Annual administration report of the Civil Veterinary Department of India - 1899-1900
Year: 1899
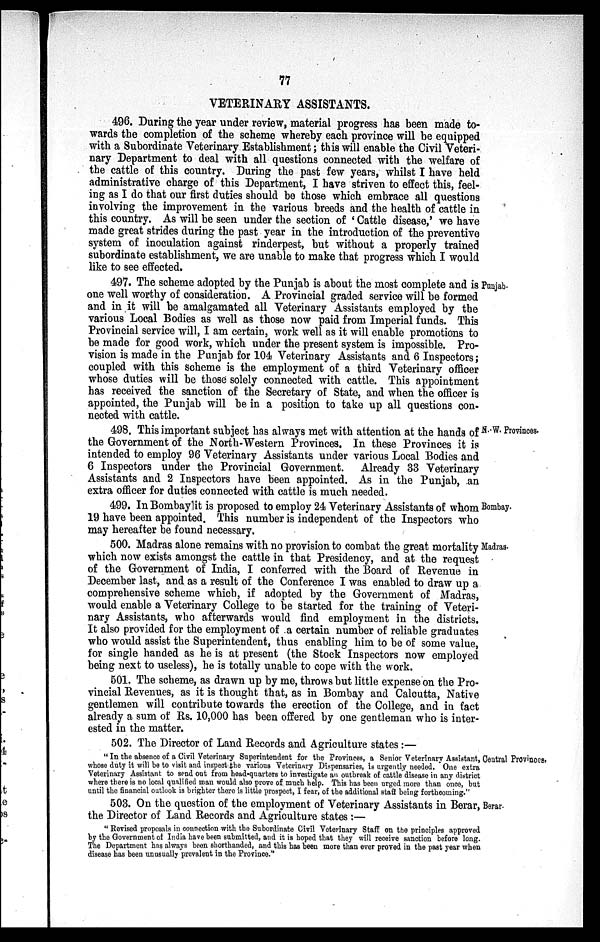
77
VETERINARY ASSISTANTS.
496. During the year under review, material progress has been made to-
wards the completion of the scheme whereby each province will be equipped
with a Subordinate Veterinary Establishment; this will enable the Civil Veteri-
nary Department to deal with all questions connected with the welfare of
the cattle of this country. During the past few years, whilst I have held
administrative charge of this Department, I have striven to effect this, feel-
ing as I do that our first duties should be those which embrace all questions
involving the improvement in the various breeds and the health of cattle in
this country. As will be seen under the section of 'Cattle disease,' we have
made great strides during the past year in the introduction of the preventive
system of inoculation against rinderpest, but without a properly trained
subordinate establishment, we are unable to make that progress which I would
like to see effected.
Punjab.
497. The scheme adopted by the Punjab is about the most complete and is
one well worthy of consideration. A Provincial graded service will be formed
and in it will be amalgamated all Veterinary Assistants employed by the
various Local Bodies as well as those now paid from Imperial funds. This
Provincial service will, I am certain, work well as it will enable promotions to
be made for good work, which under the present system is impossible. Pro-
vision is made in the Punjab for 104 Veterinary Assistants and 6 Inspectors;
coupled with this scheme is the employment of a third Veterinary officer
whose duties will be those solely connected with cattle. This appointment
has received the sanction of the Secretary of State, and when the officer is
appointed, the Punjab will be in a position to take up all questions con-
nected with cattle.
N.-W. Provinces.
498. This important subject has always met with attention at the hands of
the Government of the North-Western Provinces. In these Provinces it is
intended to employ 96 Veterinary Assistants under various Local Bodies and
6 Inspectors under the Provincial Government. Already 33 Veterinary
Assistants and 2 Inspectors have been appointed. As in the Punjab, an
extra officer for duties connected with cattle is much needed.
Bombay.
499. In Bombay it is proposed to employ 24 Veterinary Assistants of whom
19 have been appointed. This number is independent of the Inspectors who
may hereafter be found necessary.
Madras.
500. Madras alone remains with no provision to combat the great mortality
which now exists amongst the cattle in that Presidency, and at the request
of the Government of India, I conferred with the Board of Revenue in
December last, and as a result of the Conference I was enabled to draw up a
comprehensive scheme which, if adopted by the Government of Madras,
would enable a Veterinary College to be started for the training of Veteri-
nary Assistants, who afterwards would find employment in the districts.
It also provided for the employment of a certain number of reliable graduates
who would assist the Superintendent, thus enabling him to be of some value,
for single handed as he is at present (the Stock Inspectors now employed
being next to useless), he is totally unable to cope with the work.
501. The scheme, as drawn up by me, throws but little expense on the Pro-
vincial Revenues, as it is thought that, as in Bombay and Calcutta, Native
gentlemen will contribute towards the erection of the College, and in fact
already a sum of Rs. 10,000 has been offered by one gentleman who is inter-
ested in the matter.
502. The Director of Land Records and Agriculture states :—
Central Provinces.
"In the absence of a Civil Veterinary Superintendent for the Provinces, a Senior Veterinary Assistant,
whose duty it will be to visit and inspect the various Veterinary Dispensaries, is urgently needed. One extra
Veterinary Assistant to send out from head-quarters to investigate an outbreak of cattle disease in any district
where there is no local qualified man would also prove of much help. This has been urged more than once, but
until the financial outlook is brighter there is little prospect, I fear, of the additional staff being forthcoming."
Berar.
503. On the question of the employment of Veterinary Assistants in Berar,
the Director of Land Records and Agriculture states :—
"Revised proposals in connection with the Subordinate Civil Veterinary Staff on the principles approved
by the Government of India have been submitted, and it is hoped that they will receive sanction before long.
The Department has always been shorthanded, and this has been more than ever proved in the past year when
disease has been unusually prevalent in the Province."